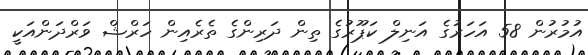
އުމުރުން 58 އަހަރުގެ އަނިލް ކަޕޫރުގެ ތިން ދަރިންގެ ތެރެއިން ހަރްޝް ވަރްދަންއަކީ